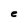
Character: e